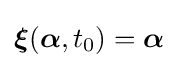
{\boldsymbol {\xi }}({\boldsymbol {\alpha }},t_{0})={\boldsymbol {\alpha }}